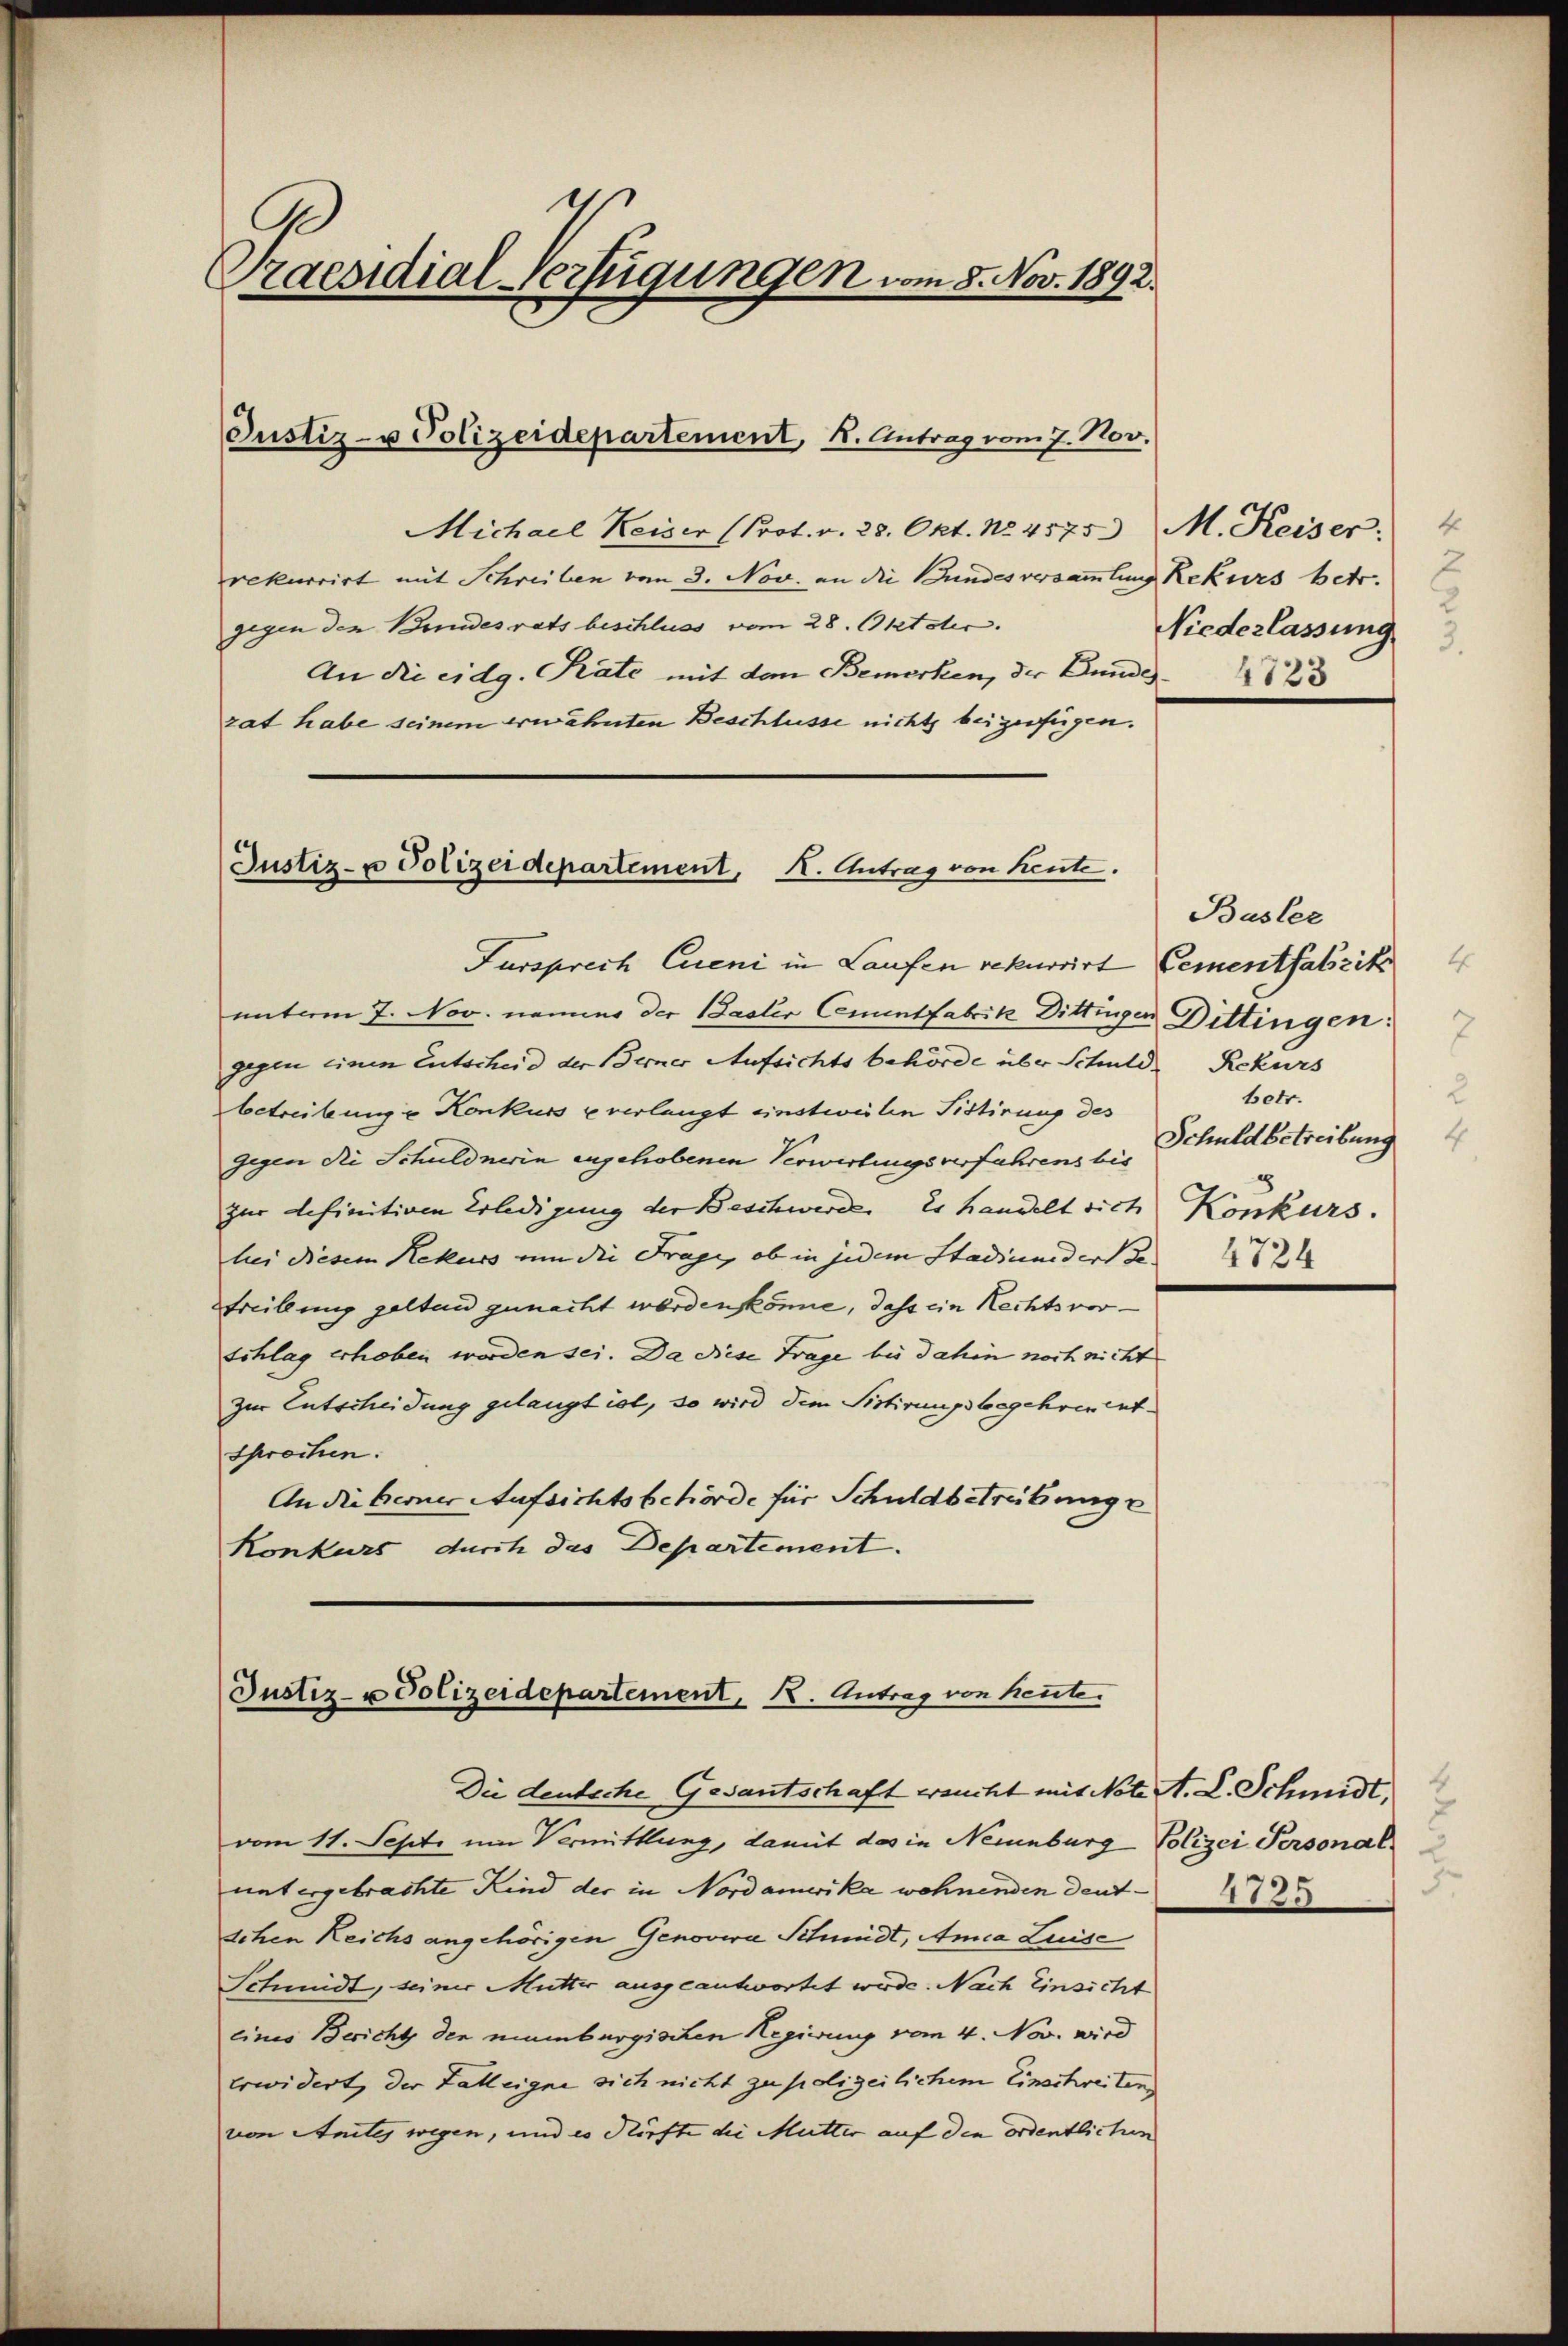
Praesidial-Verfügungen vom 8. Nov. 1892.

Justiz- u Polizeidepartement, K. Antrag vom 7. Nov.

Michael Keiser (Prot. v. 28. Okt. No 4575 M. Keiser. 4
rekurrirt mit Schreiben vom 3. Nov. an die Bundesversammlung Rekurs betr.
gegen den Bundesrats beschluss vom 28. Oktober.
An die eidg. Rate mit den Bemerken, der Bundes 1823
zat habe seinem erwähnten Beschlüsse nicht beizufügen.
Fürsprech Eueni in Laufen rekurrirt Cementfabriks
unterm 7. Nov. nämmer der Basler Cenuntfabrik Dittingen Dittingen:
gegen einen Entscheid der Berner Aufsichtsbehörde über Schuld Rekurs
betreibung u Konkurs u verlangt einstweilen Fistirung des
gegen die Schuldnerin engehobenen Verwirtungsverfahrens bis
zur definitiven Erledigung der Beschwerde. Es handelt sich Konkurs.
bei diesem Rekurs um die Frage, ob in jedem Stadiunedert de
Streibung gelten zunacht worden könne, dass ein Rechtsvorschlag erhoben worden sei. Da diese Frage bis dahin noch nicht
zur Entscheidung gelangt ist, so wird dem Sistirungsbegehren entsprochen.
An die Berner Aufsichtsbehörde für Schuldbetreibung e
Konkurs durch das Departement.

Justiz- u Polizeidepartement, K. Antrag von heute.

Justiz- u Polizeidepartement, 1. Antrag von heute.

Die deutsche Gesantschaft ersucht mit Note A. L. Schmidt.
vom 11. Septe um Vermittlung, damit das in Neuenburg Polizei Personal.
untergebrachte Kind der in Nordamerika wohnenden deut- 482.
schen Reichs angehörigen Genovia Schmidt, Ania Luise
Schmidt, seiner Mutter ausgeantwortet werde. Nach Einsicht
eines Bericht der mumburgischen Regierung vom 4. Nov. wird
erwidert, der Talleigne sich nicht zu polizeilichem Einschreitung
von Amtes wegen, und es dürfte die Mutter auf den ordentlichen

Niederlassung

Büsler
betr.
Schuldbetreibung
8
4724